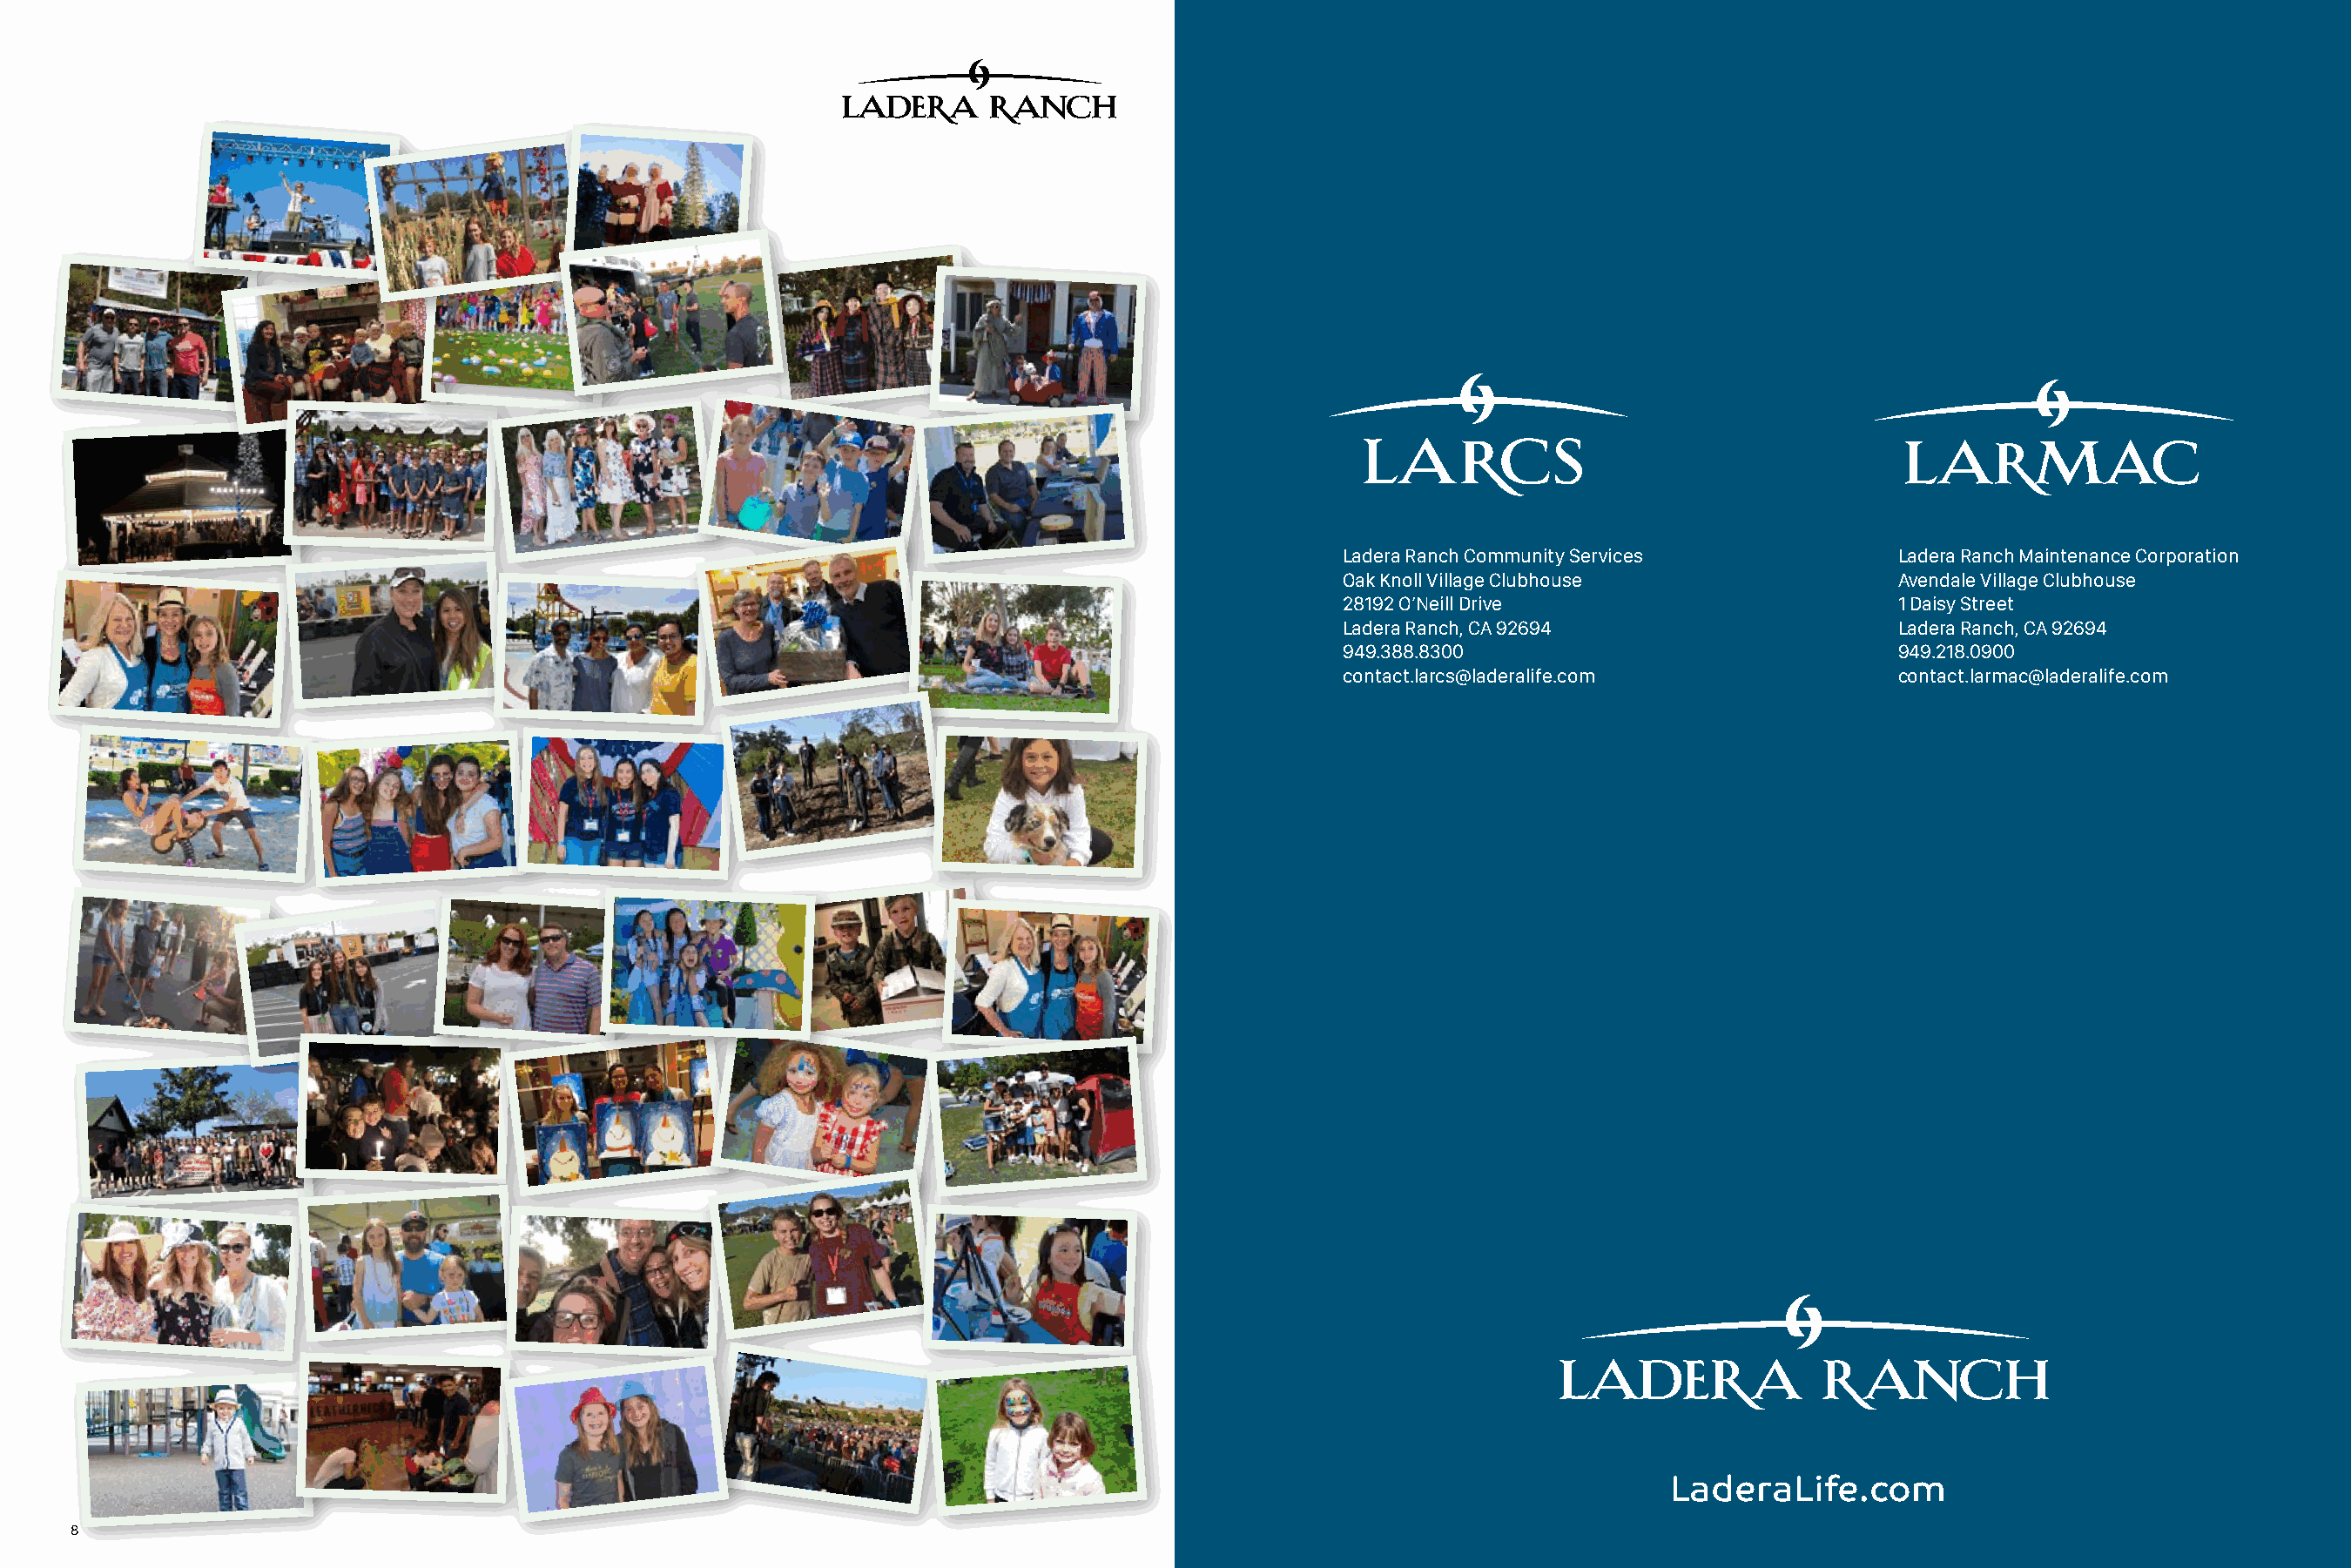
Ladera Ranch Community Services           Ladera Ranch Maintenance Corporation
 Oak Knoll Village Clubhouse               Avendale Village Clubhouse
 28192 O’Neill Drive                       1 Daisy Street
 Ladera Ranch, CA 92694                    Ladera Ranch, CA 92694
 949.388.8300                              949.218.0900
 contact.larcs@laderalife.com              contact.larmac@laderalife.com
 LaderaLife.com
 8